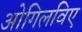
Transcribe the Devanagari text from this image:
ओगिलविए